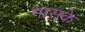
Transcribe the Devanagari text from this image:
मासके